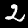
Label: 2